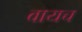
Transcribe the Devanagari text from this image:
वायच